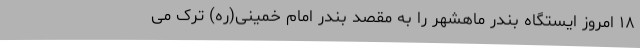
۱۸ امروز ایستگاه بندر ماهشهر را به مقصد بندر امام خمینی(ره) ترک می